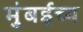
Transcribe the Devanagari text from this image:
मुंबईच्य